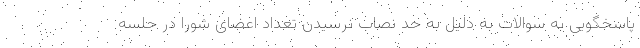
پاسخگویی به سوالات به دلیل به حد نصاب نرسیدن تعداد اعضای شورا در جلسه